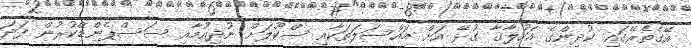
އޭގެތެރޭގައި ކުދިންގެ އަހުލާގާ ގުޅޭ އަށް މައްސަލަތަކާއި ސްކޫލަށް ނުދިއުމާއި ސަސްޕެންޑްކުރުން ފަދަ